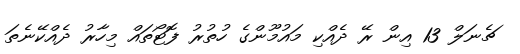
ޗެނަލް 13 އިން ރޭ ދެއްކި މައުމޫންގެ ހުތުރު ފޮޓޯތައް މިހާރު ދެއްކޭނެތަ